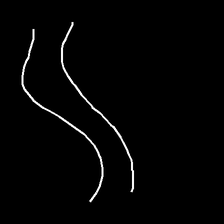
Glyph: float